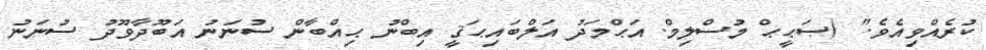
ކުރެއްވިއެވެ." (ޞަޙީޙް މުސްލިމް. އަޙްމަދު އަލްބައިޙަޤީ އިބްނު ޙިއްބާން ސުނަނު އަބޫދާވޫދު ސުނަނު